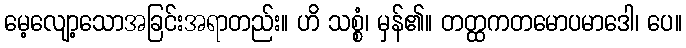
မေ့လျော့သောအခြင်းအရာတည်း။ ဟိ သစ္စံ၊ မှန်၏။ တတ္ထကတမောပမာဒေါ၊ ပေ။